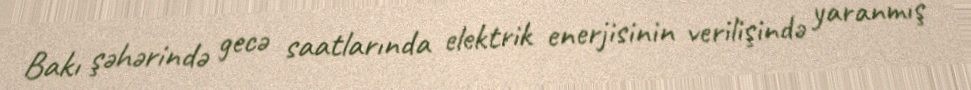
Bakı şəhərində gecə saatlarında elektrik enerjisinin verilişində yaranmış